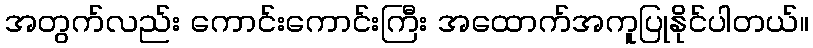
အတွက်လည်း ကောင်းကောင်းကြီး အထောက်အကူပြုနိုင်ပါတယ်။